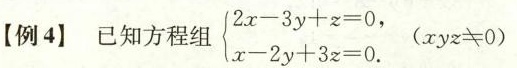
【例4】 已知方程组 $$\begin { cases } 2 x - 3 y + z = 0 , \\ x - 2 y + 3 z = 0 . \end { cases }$$ ($$x y z ≠ 0$$) .